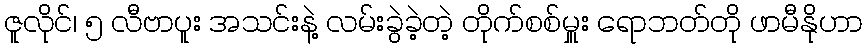
ဇူလိုင်၊ ၅ လီဗာပူး အသင်းနဲ့ လမ်းခွဲခဲ့တဲ့ တိုက်စစ်မှူး ရောဘတ်တို ဖာမီနိုဟာ